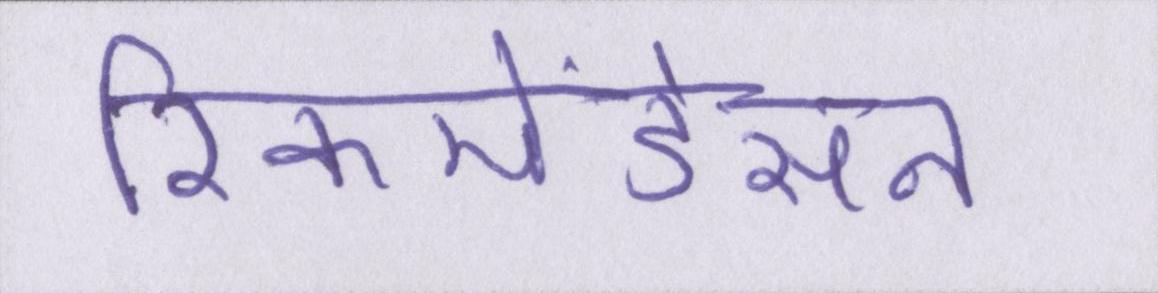
रिकमेंडेसन